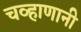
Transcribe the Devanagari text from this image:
चव्हाणानी